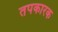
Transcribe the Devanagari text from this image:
तपकारक